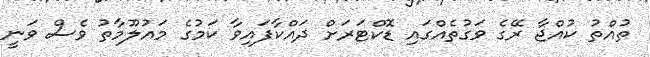
ތުއްތު ކުއްޖާ ރޭގެ ވަގުތެއްގައި ޑޮކްޓަރަށް ދައްކާފައިވާ ކަމުގެ މައުލޫމާތު ވެސް ވަނީ